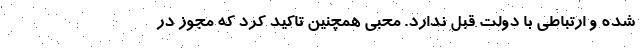
شده و ارتباطی با دولت قبل ندارد. محبی همچنین تاکید کرد که مجوز در